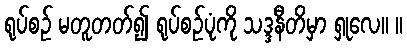
ရုပ်စဉ် မတူတတ်၍ ရုပ်စဉ်ပုံကို သဒ္ဒနီတိမှာ ရှုလေ။ ။